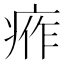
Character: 𤶙